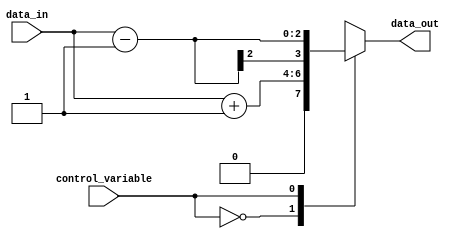
module simple_case_statement(
    input wire control_variable,
    input wire [1:0] data_in,
    output reg [3:0] data_out
);

always @* begin
    case(control_variable)
        2'b00: data_out <= data_in + 1; // Increment data_in by 1 when control_variable is 00
        2'b01: data_out <= data_in - 1; // Decrement data_in by 1 when control_variable is 01
        2'b10: data_out <= data_in << 1; // Left shift data_in by 1 when control_variable is 10
        2'b11: data_out <= data_in >> 1; // Right shift data_in by 1 when control_variable is 11
    endcase
end

endmodule